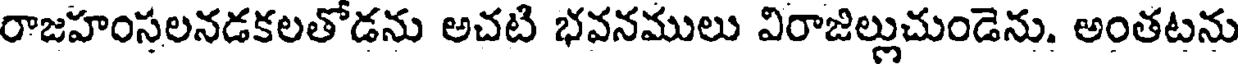
రాజహంసలనడకలతోడను అచటి భవనములు విరాజిల్లుచుండెను. అంతటను